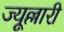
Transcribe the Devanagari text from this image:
ज्यूल्लारी